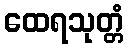
ထေရသုတ္တံ